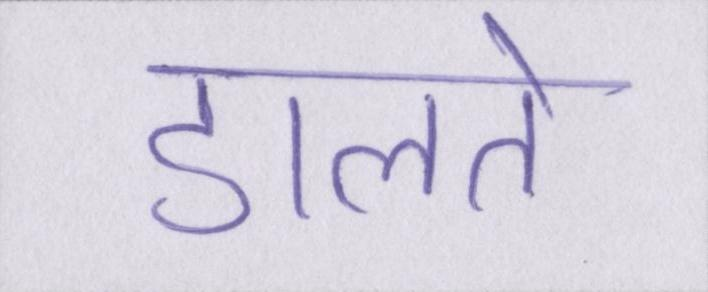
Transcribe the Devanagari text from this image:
डालते